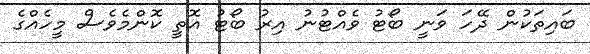
ބައިތަކުން ދޭހަ ވަނީ ބޯޓު ވެއްޓުނު އިރު ބޯޓު އޮތީ ކޮންމެވެސް މީހެއްގެ